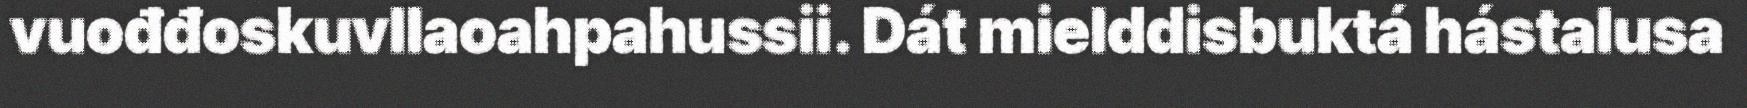
vuođđoskuvllaoahpahussii. Dát mielddisbuktá hástalusa